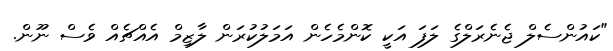
"ކައުންސެލް ޖެނެރަލްގެ ލަފަ އަކީ ކޮންމެހެން އަމަލުކުރަން ލާޒިމް އެއްޗެއް ވެސް ނޫން.